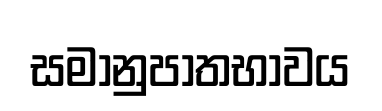
සමානුපාතභාවය